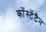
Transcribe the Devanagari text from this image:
कोंस्टेंटैन